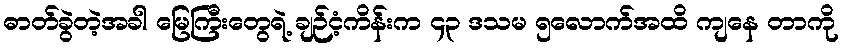
ဓာတ်ခွဲတဲ့အခါ မြေကြီးတွေရဲ့ ချဉ်ငံ့ကိန်းက ၄၃ ဒသမ ၅လောက်အထိ ကျနေ တာကို